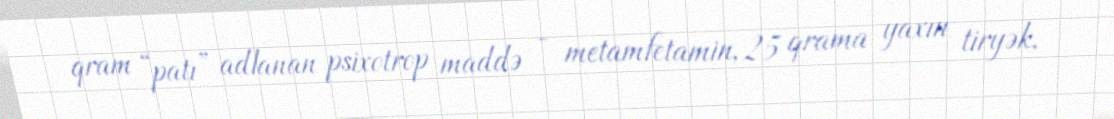
qram “patı” adlanan psixotrop maddə - metamfetamin, 25 qrama yaxın tiryək,